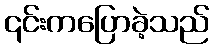
၎င်းကပြောခဲ့သည်